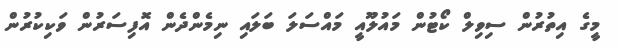
މީގެ އިތުރުން ސިވިލް ކޯޓުން މައުލޫއީ މައްސަލަ ބަލައި ނިމެންދެން އޮފިސަރުން ވަކިކުރުން